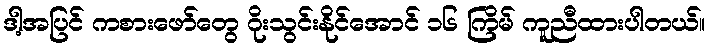
ဒါ့အပြင် ကစားဖော်တွေ ဂိုးသွင်းနိုင်အောင် ၁၆ ကြိမ် ကူညီထားပါတယ်။